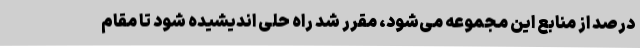
درصد از منابع این مجموعه می‌شود، مقرر شد راه حلی اندیشیده شود تا مقام